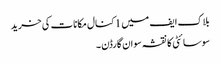
بلاک ایف میں 1 کنال مکانات کی خرید
سوسائٹی کا نقشہ سوان گارڈن ۔